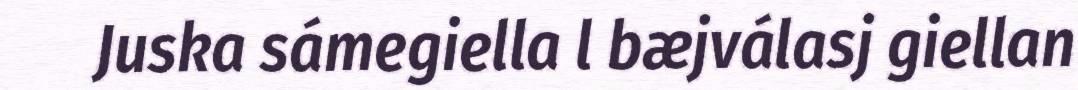
Juska sámegiella l bæjválasj giellan